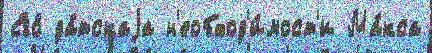
Его́ да́тскаjа н'еобход'и́мост'и Ма́кса